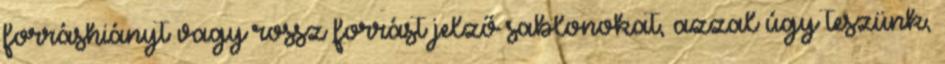
forráshiányt vagy rossz forrást jelző sablonokat, azzal úgy teszünk,